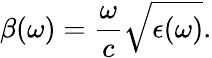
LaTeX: \beta(\omega)=\frac{\omega}{c}\sqrt{\epsilon(\omega)}.